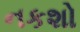
નકશો